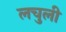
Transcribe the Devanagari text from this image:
लचुली